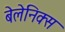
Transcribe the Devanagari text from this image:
बेलेनिक्स